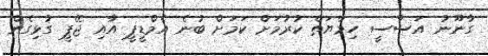
ގާނޫނު އަސާސީ ހިމާޔަތް ކުރުމަށް ކަމަށް ބުނެ އެމްޑީޕީ އާއި ޖޭޕީ ގުޅިގެން